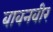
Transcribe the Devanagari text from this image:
बावनवीर